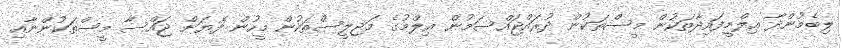
ލިބެމުންދާ ޢިލްމީފައިދާތަކުން މީސްތަކުން ދުރައްޖައްސަމުން ޢިލްމުގެ މަޖިލީސްތަކުން މީހުން ފެޔަށް ޖައްސާ މީސްތަކުންނާއި